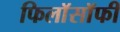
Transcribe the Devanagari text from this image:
फिलाॅसाॅफी